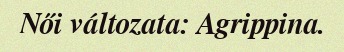
Női változata: Agrippina.